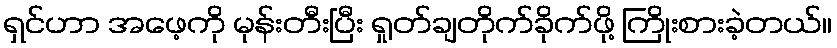
ရှင်ဟာ အဖေ့ကို မုန်းတီးပြီး ရှုတ်ချတိုက်ခိုက်ဖို့ ကြိုးစားခဲ့တယ်။